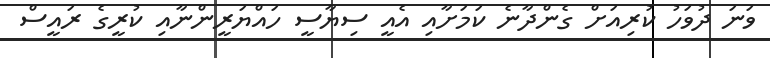
ވަނަ ދުވަހު ކުރިއަށް ގެންދާނެ ކަމަށާއި އެއީ ސިޔާސީ ހައްޔަރީންނާއި ކުރީގެ ރައީސް